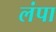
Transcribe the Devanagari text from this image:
लंपा